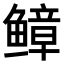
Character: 𫠒